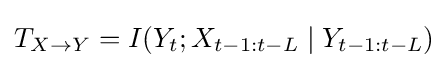
T_{X\rightarrow Y}=I(Y_{t};X_{t-1:t-L}\mid Y_{t-1:t-L})